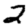
Digit: 2